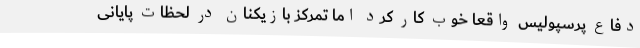
دفاع پرسپولیس واقعا خوب کار کرد اما تمرکز بازیکنان در لحظات پایانی